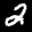
Label: 2